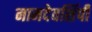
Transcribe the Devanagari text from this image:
नामदेवशिंपी